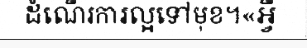
ដំណើរការល្អទៅមុខ។«អ្វី